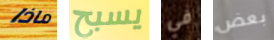
ماذا يسبح في بعض